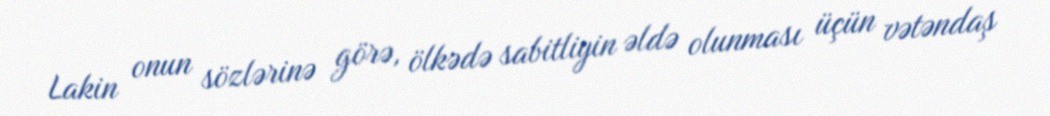
Lakin onun sözlərinə görə, ölkədə sabitliyin əldə olunması üçün vətəndaş